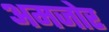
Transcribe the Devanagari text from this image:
अमजोर